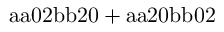
\mathrm { a a 0 2 b b 2 0 + a a 2 0 b b 0 2 }